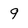
Character: 9